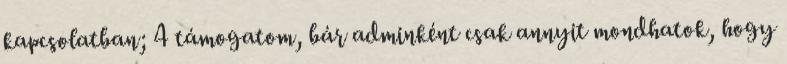
kapcsolatban; 4 támogatom, bár adminként csak annyit mondhatok, hogy